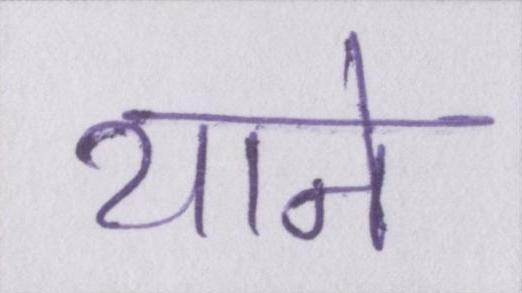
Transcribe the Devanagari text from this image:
याने